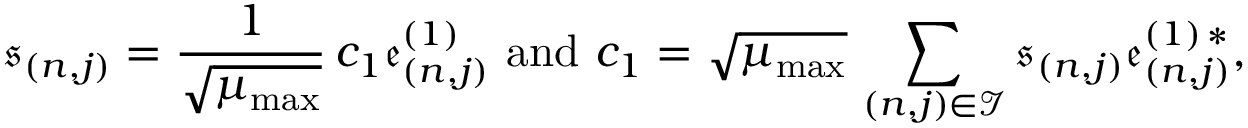
\mathfrak { s } _ { ( n , j ) } = \frac { 1 } { \sqrt { \mu _ { \mathrm { m a x } } } } \, c _ { 1 } \mathfrak { e } _ { ( n , j ) } ^ { ( 1 ) } \ \mathrm { a n d } \ c _ { 1 } = \sqrt { \mu _ { \mathrm { m a x } } } \, \sum _ { ( n , j ) \in \mathcal { I } } \mathfrak { s } _ { ( n , j ) } \mathfrak { e } _ { ( n , j ) } ^ { ( 1 ) \, \ast } ,